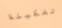
تشكيلة